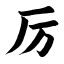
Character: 厉